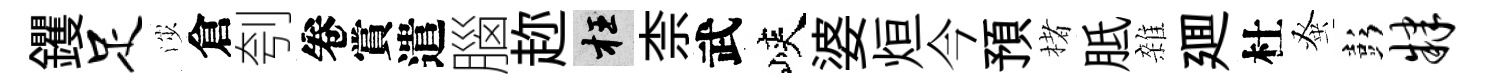
钁足渉倉刳卷賞遣腦趂枉柰武峽婆烜今預楮胝雜廽杜𫊫彭肄